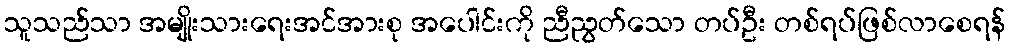
သူသည်သာ အမျိုးသားရေးအင်အားစု အပေါင်းကို ညီညွတ်သော တပ်ဦး တစ်ရပ်ဖြစ်လာစေရန်